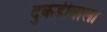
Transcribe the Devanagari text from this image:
दुकडीबाला